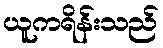
ယူကရိန်းသည်